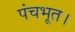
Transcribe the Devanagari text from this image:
पंचभूत।